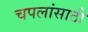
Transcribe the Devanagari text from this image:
चपलांसाठी